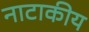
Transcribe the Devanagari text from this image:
नाटाकीय